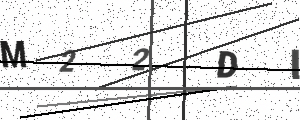
Text: M22DI